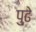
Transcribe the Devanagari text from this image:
पु्ढे